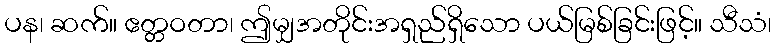
ပန၊ ဆက်။ ဧတ္တဝတာ၊ ဤမျှအတိုင်းအရှည်ရှိသော ပယ်မြစ်ခြင်းဖြင့်။ သီသံ၊